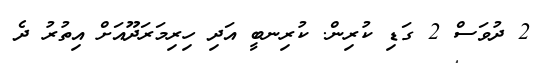
2 ދުވަސް 2 ގަޑި ކުރިން. ކުރިނބީ އަދި ހިރިމަރަދޫއަށް އިތުރު ދެ